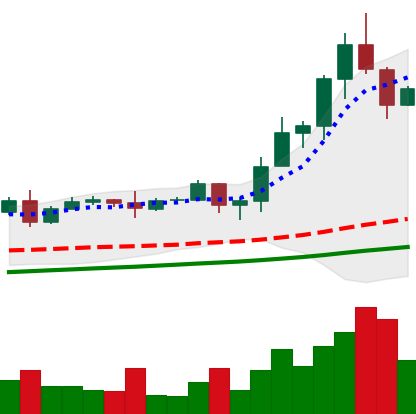
Ticker: TRX-USD
Chart end date: 2020-08-20
Forward return: -16.021%
Label: down_7plus